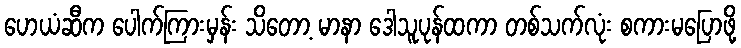
ဟေယံဆီက ပေါက်ကြားမှန်း သိတော့ မာနာ ဒေါသူပုန်ထကာ တစ်သက်လုံး စကားမပြောဖို့